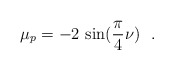
\begin{align*}\mu_p = -2\,\sin (\frac{\pi}{4}\nu)~~.\end{align*}